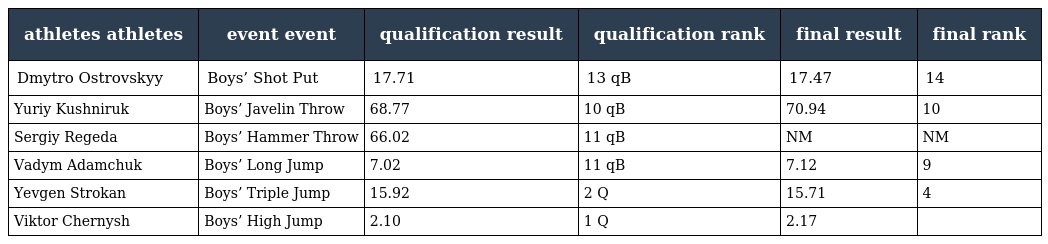
| athletes athletes | event event | qualification result | qualification rank | final result | final rank |
 | --- | --- | --- | --- | --- | --- |
 | Dmytro Ostrovskyy | Boys’ Shot Put | 17.71 | 13 qB | 17.47 | 14 |
 | Yuriy Kushniruk | Boys’ Javelin Throw | 68.77 | 10 qB | 70.94 | 10 |
 | Sergiy Regeda | Boys’ Hammer Throw | 66.02 | 11 qB | NM | NM |
 | Vadym Adamchuk | Boys’ Long Jump | 7.02 | 11 qB | 7.12 | 9 |
 | Yevgen Strokan | Boys’ Triple Jump | 15.92 | 2 Q | 15.71 | 4 |
 | Viktor Chernysh | Boys’ High Jump | 2.10 | 1 Q | 2.17 |  |